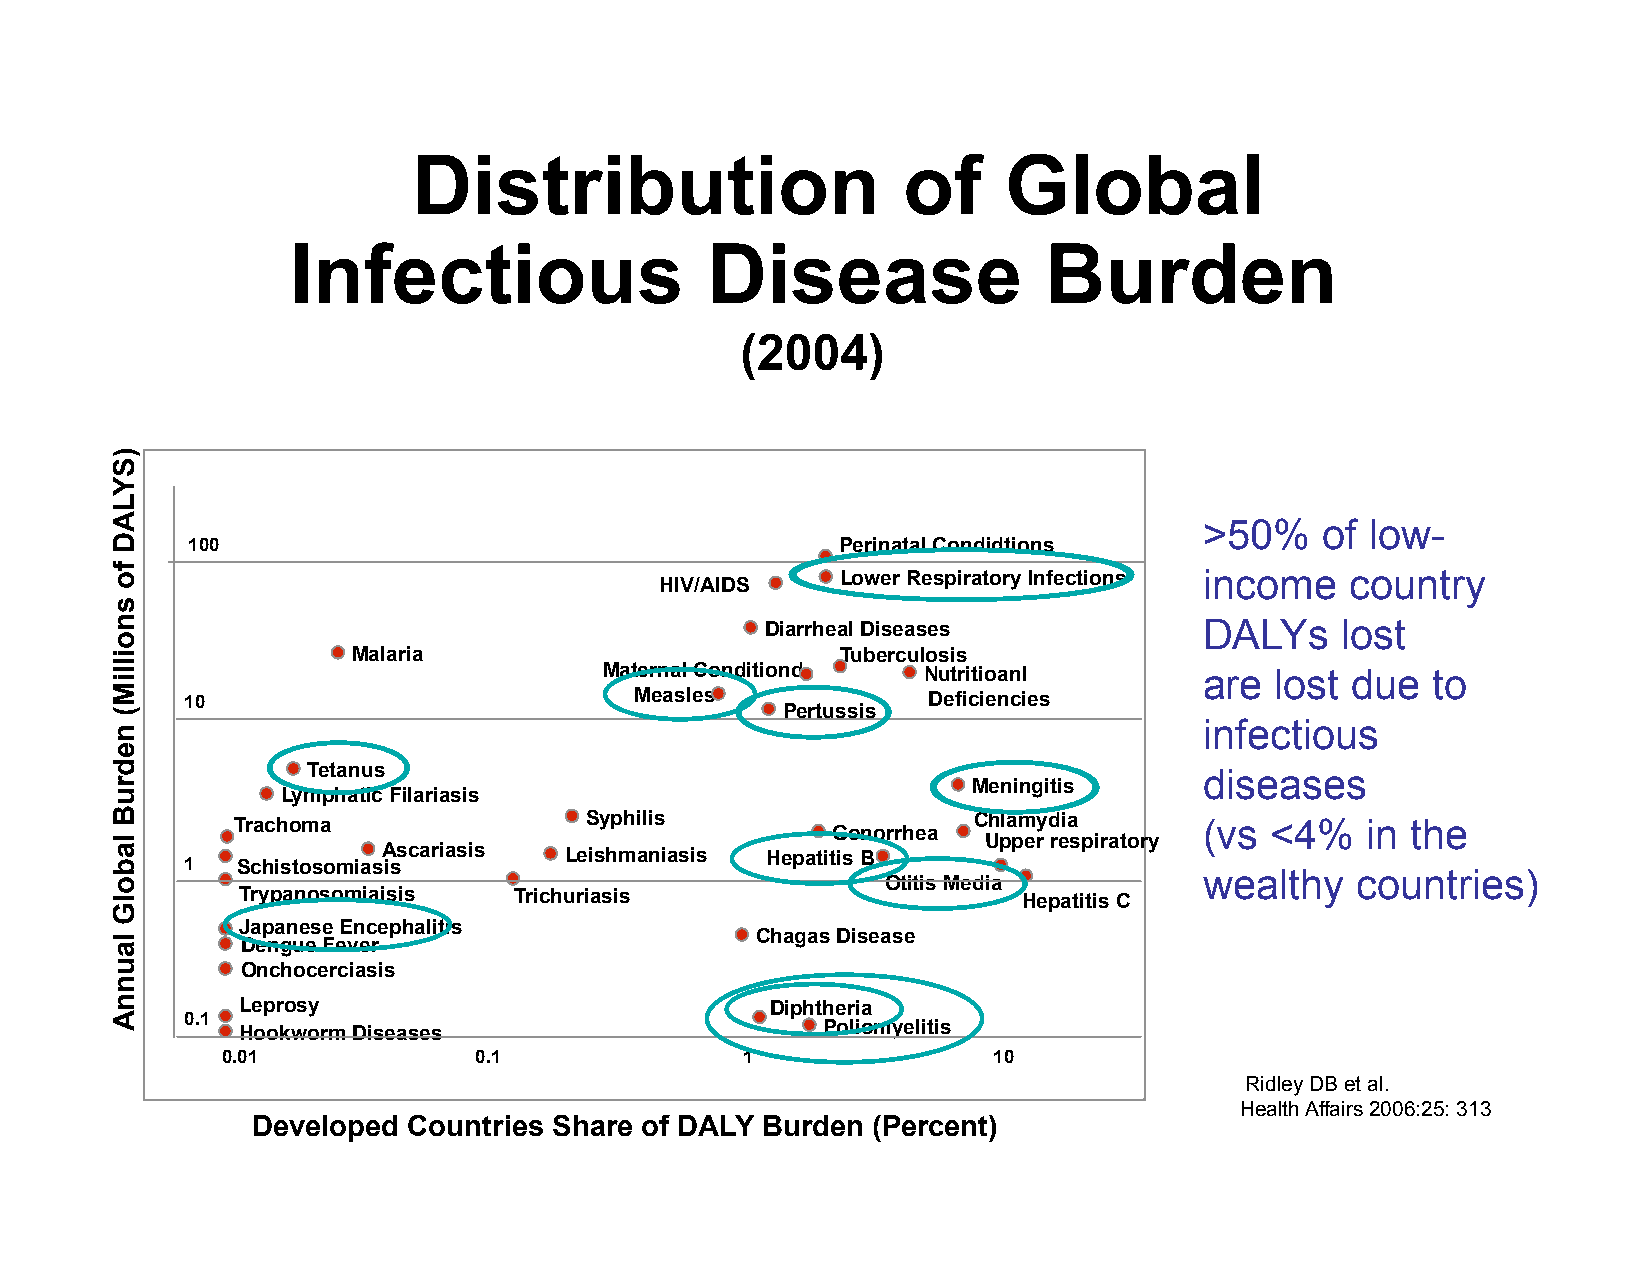
Distribution                     of    Global
 Infectious                  Disease               Burden
 (2004)
 >50%   of  low-
 100                                         Perinatal Condidtions
 HIV/AIDS    Lower Respiratory Infections income country
 Diarrheal Diseases           DALYs    lost
 Malaria                          Tuberculosis
 Maternal Conditiond  Nutritioanl        are lost due   to
 10                            Measles            Deficiencies
 Pertussis
 infectious
 Tetanus                                                     diseases
 Meningitis
 Lymphatic Filariasis
 Trachoma                Syphilis                 Chlamydia       (vs <4%   in the
 Gonorrhea
 Upper respiratory
 Ascariasis  Leishmaniasis Hepatitis B
 1   Schistosomiasis
 wealthy   countries)
 Otitis Media
 Trypanosomiaisis  Trichuriasis                      Hepatitis C
 Japanese Encephalitis
 Chagas Disease Dengue Fever
 Onchocerciasis
 Leprosy                            Diphtheria
 0.1
 Hookworm Diseases                     Poliomyelitis
 0.01            0.1               1                10
 Ridley DB et al.
 Health Affairs 2006:25: 313
 Developed Countries Share of DALY Burden (Percent)
 )SYLAD
 fo
 snoilliM(
 nedruB
 labolG
 launnA